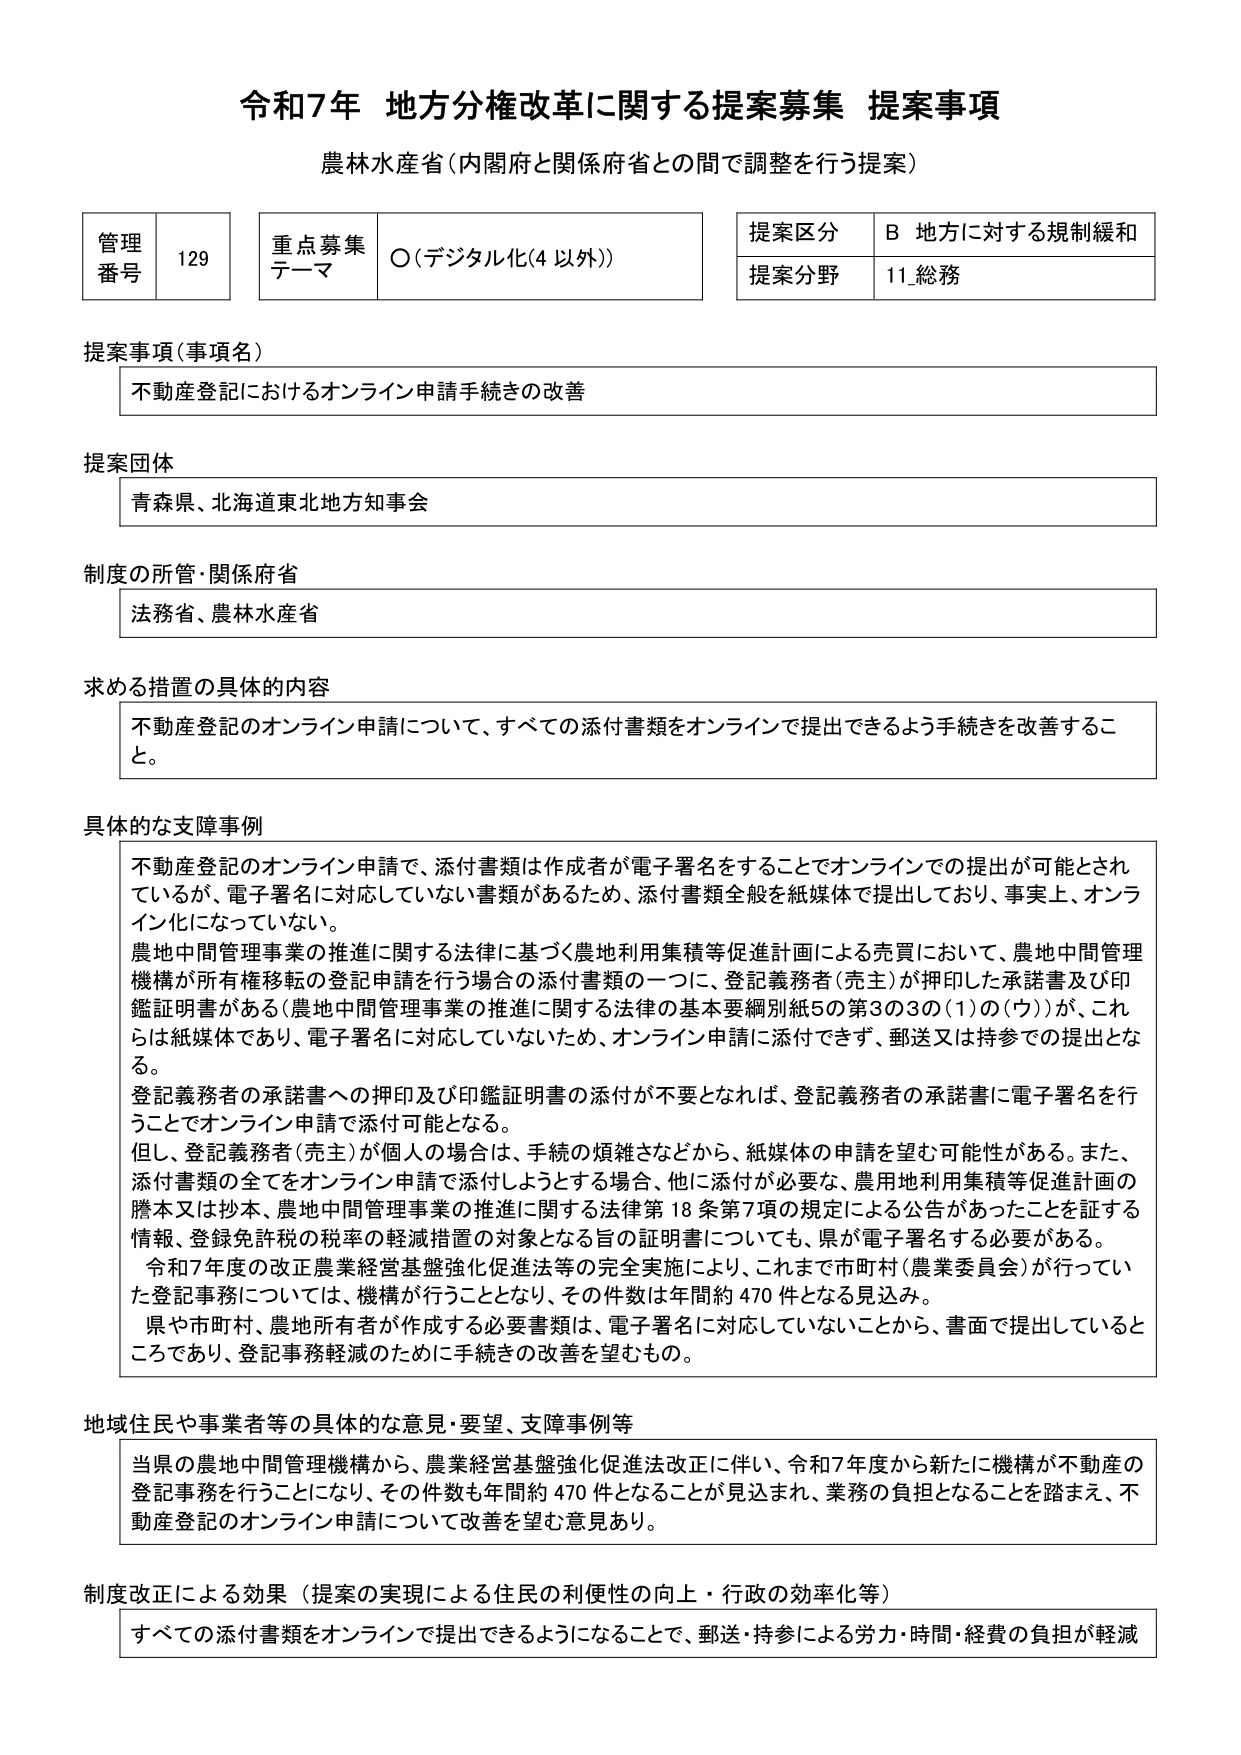
令和7年 地方分権改革に関する提案募集 提案事項
農林水産省（内閣府と関係府省との間で調整を行う提案）

管理番号 129
重点募集テーマ ○（デジタル化（4 以外））
提案区分 B 地方に対する規制緩和
提案分野 11_総務

提案事項（事項名）
不動産登記におけるオンライン申請手続きの改善

提案団体
青森県、北海道東北地方知事会

制度の所管・関係府省
法務省、農林水産省

求める措置の具体的内容
不動産登記のオンライン申請について、すべての添付書類をオンラインで提出できるよう手続きを改善すること。

具体的な支障事例
不動産登記のオンライン申請で、添付書類は作成者が電子署名をすることでオンラインでの提出が可能とされているが、電子署名に対応していない書類があるため、添付書類全般を紙媒体で提出しており、事実上、オンライン化になっていない。
農地中間管理事業の推進に関する法律に基づく農地利用集積等促進計画による売買において、農地中間管理機構が所有権移転の登記申請を行う場合の添付書類の一つに、登記義務者（売主）が押印した承諾書及び印鑑証明書がある（農地中間管理事業の推進に関する法律の基本要綱別紙5の第3の3の（1）の（ウ））が、これらは紙媒体であり、電子署名に対応していないため、オンライン申請に添付できず、郵送又は持参での提出となる。
登記義務者の承諾書への押印及び印鑑証明書の添付が不要となれば、登記義務者の承諾書に電子署名を行うことでオンライン申請で添付可能となる。
但し、登記義務者（売主）が個人の場合は、手続の煩雑さなどから、紙媒体の申請を望む可能性がある。また、添付書類の全てをオンライン申請で添付しようとする場合、他に添付が必要な、農用地利用集積等促進計画の謄本又は抄本、農地中間管理事業の推進に関する法律第18条第7項の規定による公告があったことを証する情報、登録免許税の税率の軽減措置の対象となる旨の証明書についても、県が電子署名する必要がある。
令和7年度の改正農業経営基盤強化促進法等の完全実施により、これまで市町村（農業委員会）が行っていた登記事務については、機構が行うこととなり、その件数は年間約470件となる見込み。
県や市町村、農地所有者が作成する必要書類は、電子署名に対応していないことから、書面で提出しているところであり、登記事務軽減のために手続きの改善を望むもの。

地域住民や事業者等の具体的な意見・要望、支障事例等
当県の農地中間管理機構から、農業経営基盤強化促進法改正に伴い、令和7年度から新たに機構が不動産の登記事務を行うことになり、その件数も年間約470件となることが見込まれ、業務の負担となることを踏まえ、不動産登記のオンライン申請について改善を望む意見あり。

制度改正による効果（提案の実現による住民の利便性の向上・行政の効率化等）
すべての添付書類をオンラインで提出できるようになることで、郵送・持参による労力・時間・経費の負担が軽減